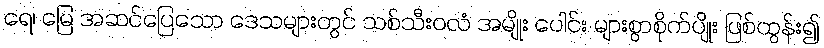
ရေ၊ မြေ အဆင်ပြေသော ဒေသများတွင် သစ်သီးဝလံ အမျိုး ပေါင်း များစွာစိုက်ပျိုး ဖြစ်ထွန်း၍